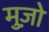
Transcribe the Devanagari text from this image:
मुज़ो